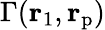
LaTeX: \Gamma({\mathbf{r}}_{1},{\mathbf{r}}_{\mathrm p})